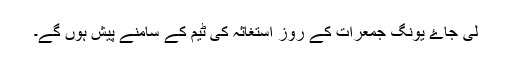
لی جاۓ یونگ جمعرات کے روز استغاثہ کی ٹیم کے سامنے پیش ہوں گے۔